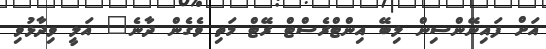
އަށް ފައިނޭންސިން ލިބޭ އިންޓްރެސްޓް ރޭޓް މަތި ވެގެން ދާނެ" އަލީ ވިދާޅުވި